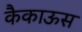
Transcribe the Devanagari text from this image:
कैकाऊस